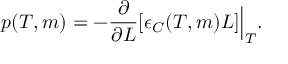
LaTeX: p ( T , m ) = - \frac { \partial } { \partial L } [ \epsilon _ { C } ( T , m ) L ] \Big | _ { T } .